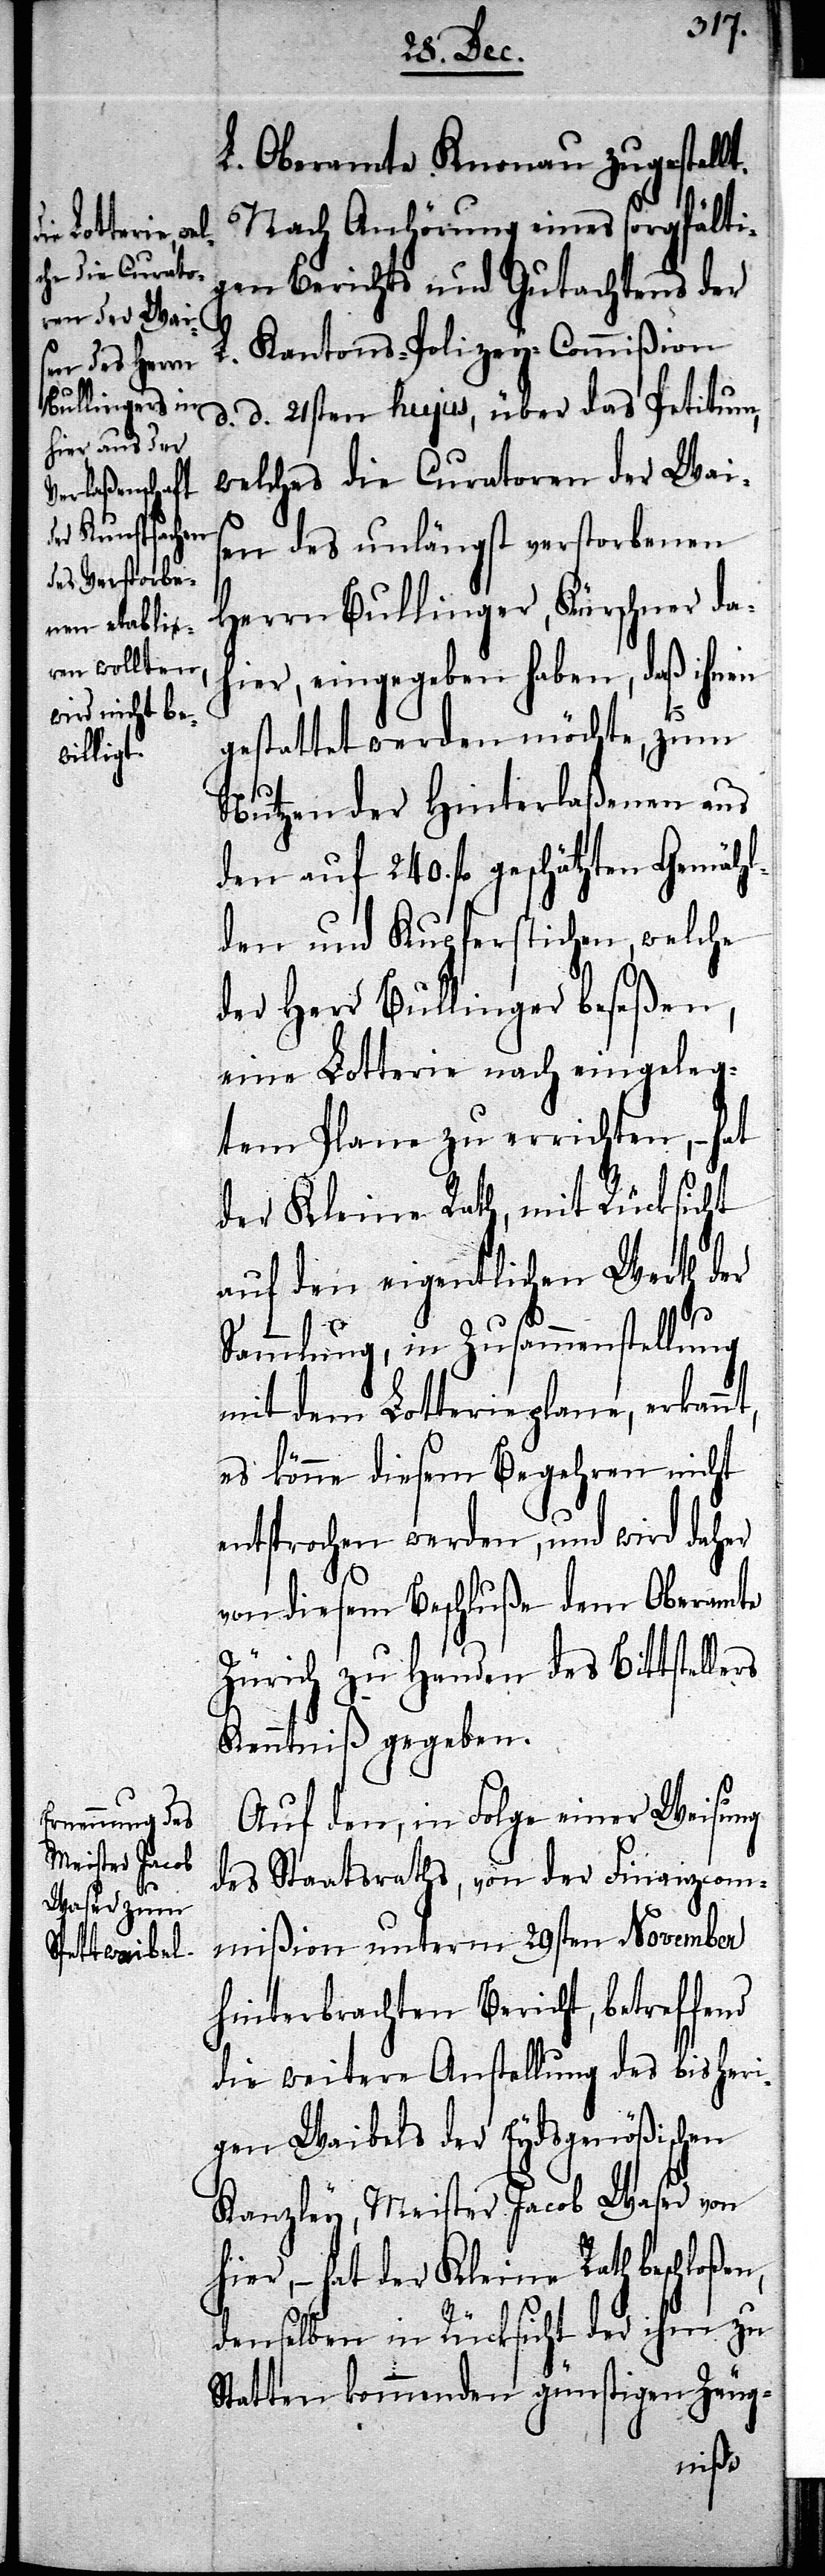
L. Oberamte Knonau zugestellt.
Nach Anhörung eines sorgfälti¬
gen Bericht und Gutachtens der
L. Kantons-Polizey-Commißion
d. d. 21sten hujus, über das Petitum,
welches die Curatoren der Wais¬
en des unlängst verstorbenen
Herrn Bullinger, Kürschner da¬
hier, eingegeben haben, daß ihnen
gestattet werden möchte, zum
Nutzen der Hinterlaßenen aus
den auf 240. fl geschätzten Gemähl¬
den und Kupferstichen, welche
der Herr Bullinger beseßen,
eine Lotterie nach eingeleg¬
tem Plane zu errichten, – hat
der Kleine Rath, mit Rücksicht
auf den eigentlichen Werth der
Sammlung, in Zusammenstellung
mit dem Lotterieplane, erkannt,
es könne diesem Begehren nicht
entsprochen werden, und wird daher
von diesem Beschluße dem Oberamte
Zürich zu Handen des Bittste¬
Kenntniß gegeben.
Auf den, in Folge einer Weisung
des Staatsraths, von der Finanzcom¬
mißion unterm 29sten November
hinterbrachten Bericht, betreffend
die weitere Anstellung des bisheri¬
gen Waibels der Eydsgenößischen
Kanzley, Meister Jacob Waser von
hat der Kleine Rath beschloßen,
denselben in Rücksicht der ihm zu
Statten kommenden günstigen Zeug-
llers